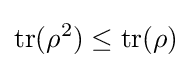
\operatorname {tr} (\rho ^{2})\leq \operatorname {tr} (\rho )